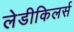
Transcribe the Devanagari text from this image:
लेडीकिलर्स